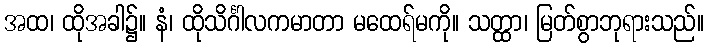
အထ၊ ထိုအခါ၌။ နံ၊ ထိုသိင်္ဂါလကမာတာ မထေရ်မကို။ သတ္ထာ၊ မြတ်စွာဘုရားသည်။